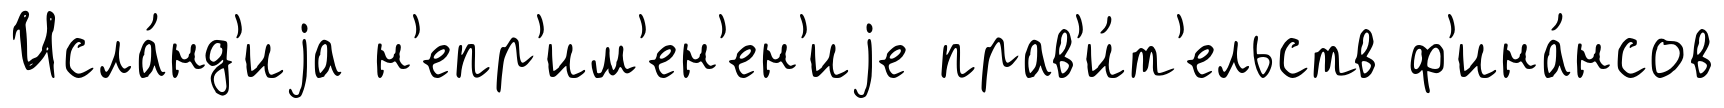
Исла́нд'иjа н'епр'им'ен'ен'иjе прав'и́т'ельств ф'ина́нсов